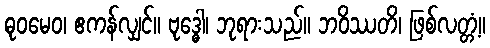
ဓုဝမေဝ၊ ဧကန်လျှင်။ ဗုဒ္ဓေါ၊ ဘုရားသည်။ ဘဝိဿတိ၊ ဖြစ်လတ္တံ့။